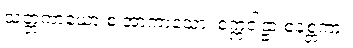
သတ္တကာယော စ အာကာသော၊ စက္ကဝါဠာ စနစ္တကာ။